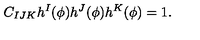
C _ { I J K } h ^ { I } ( \phi ) h ^ { J } ( \phi ) h ^ { K } ( \phi ) = 1 .